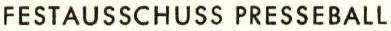
FESTAUSSCHUSS PRESSEBALL